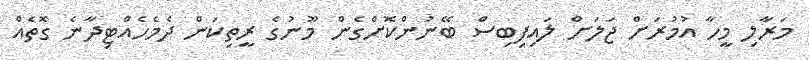
މަރާލި މީހާ އުމުރަށް ޖަލަށް ލައިފިބިސް ބޭނުންކޮށްގެން މޫނުގެ ރީތިކަން ދެމެހެއްޓިދާނެ ގޮތެއް